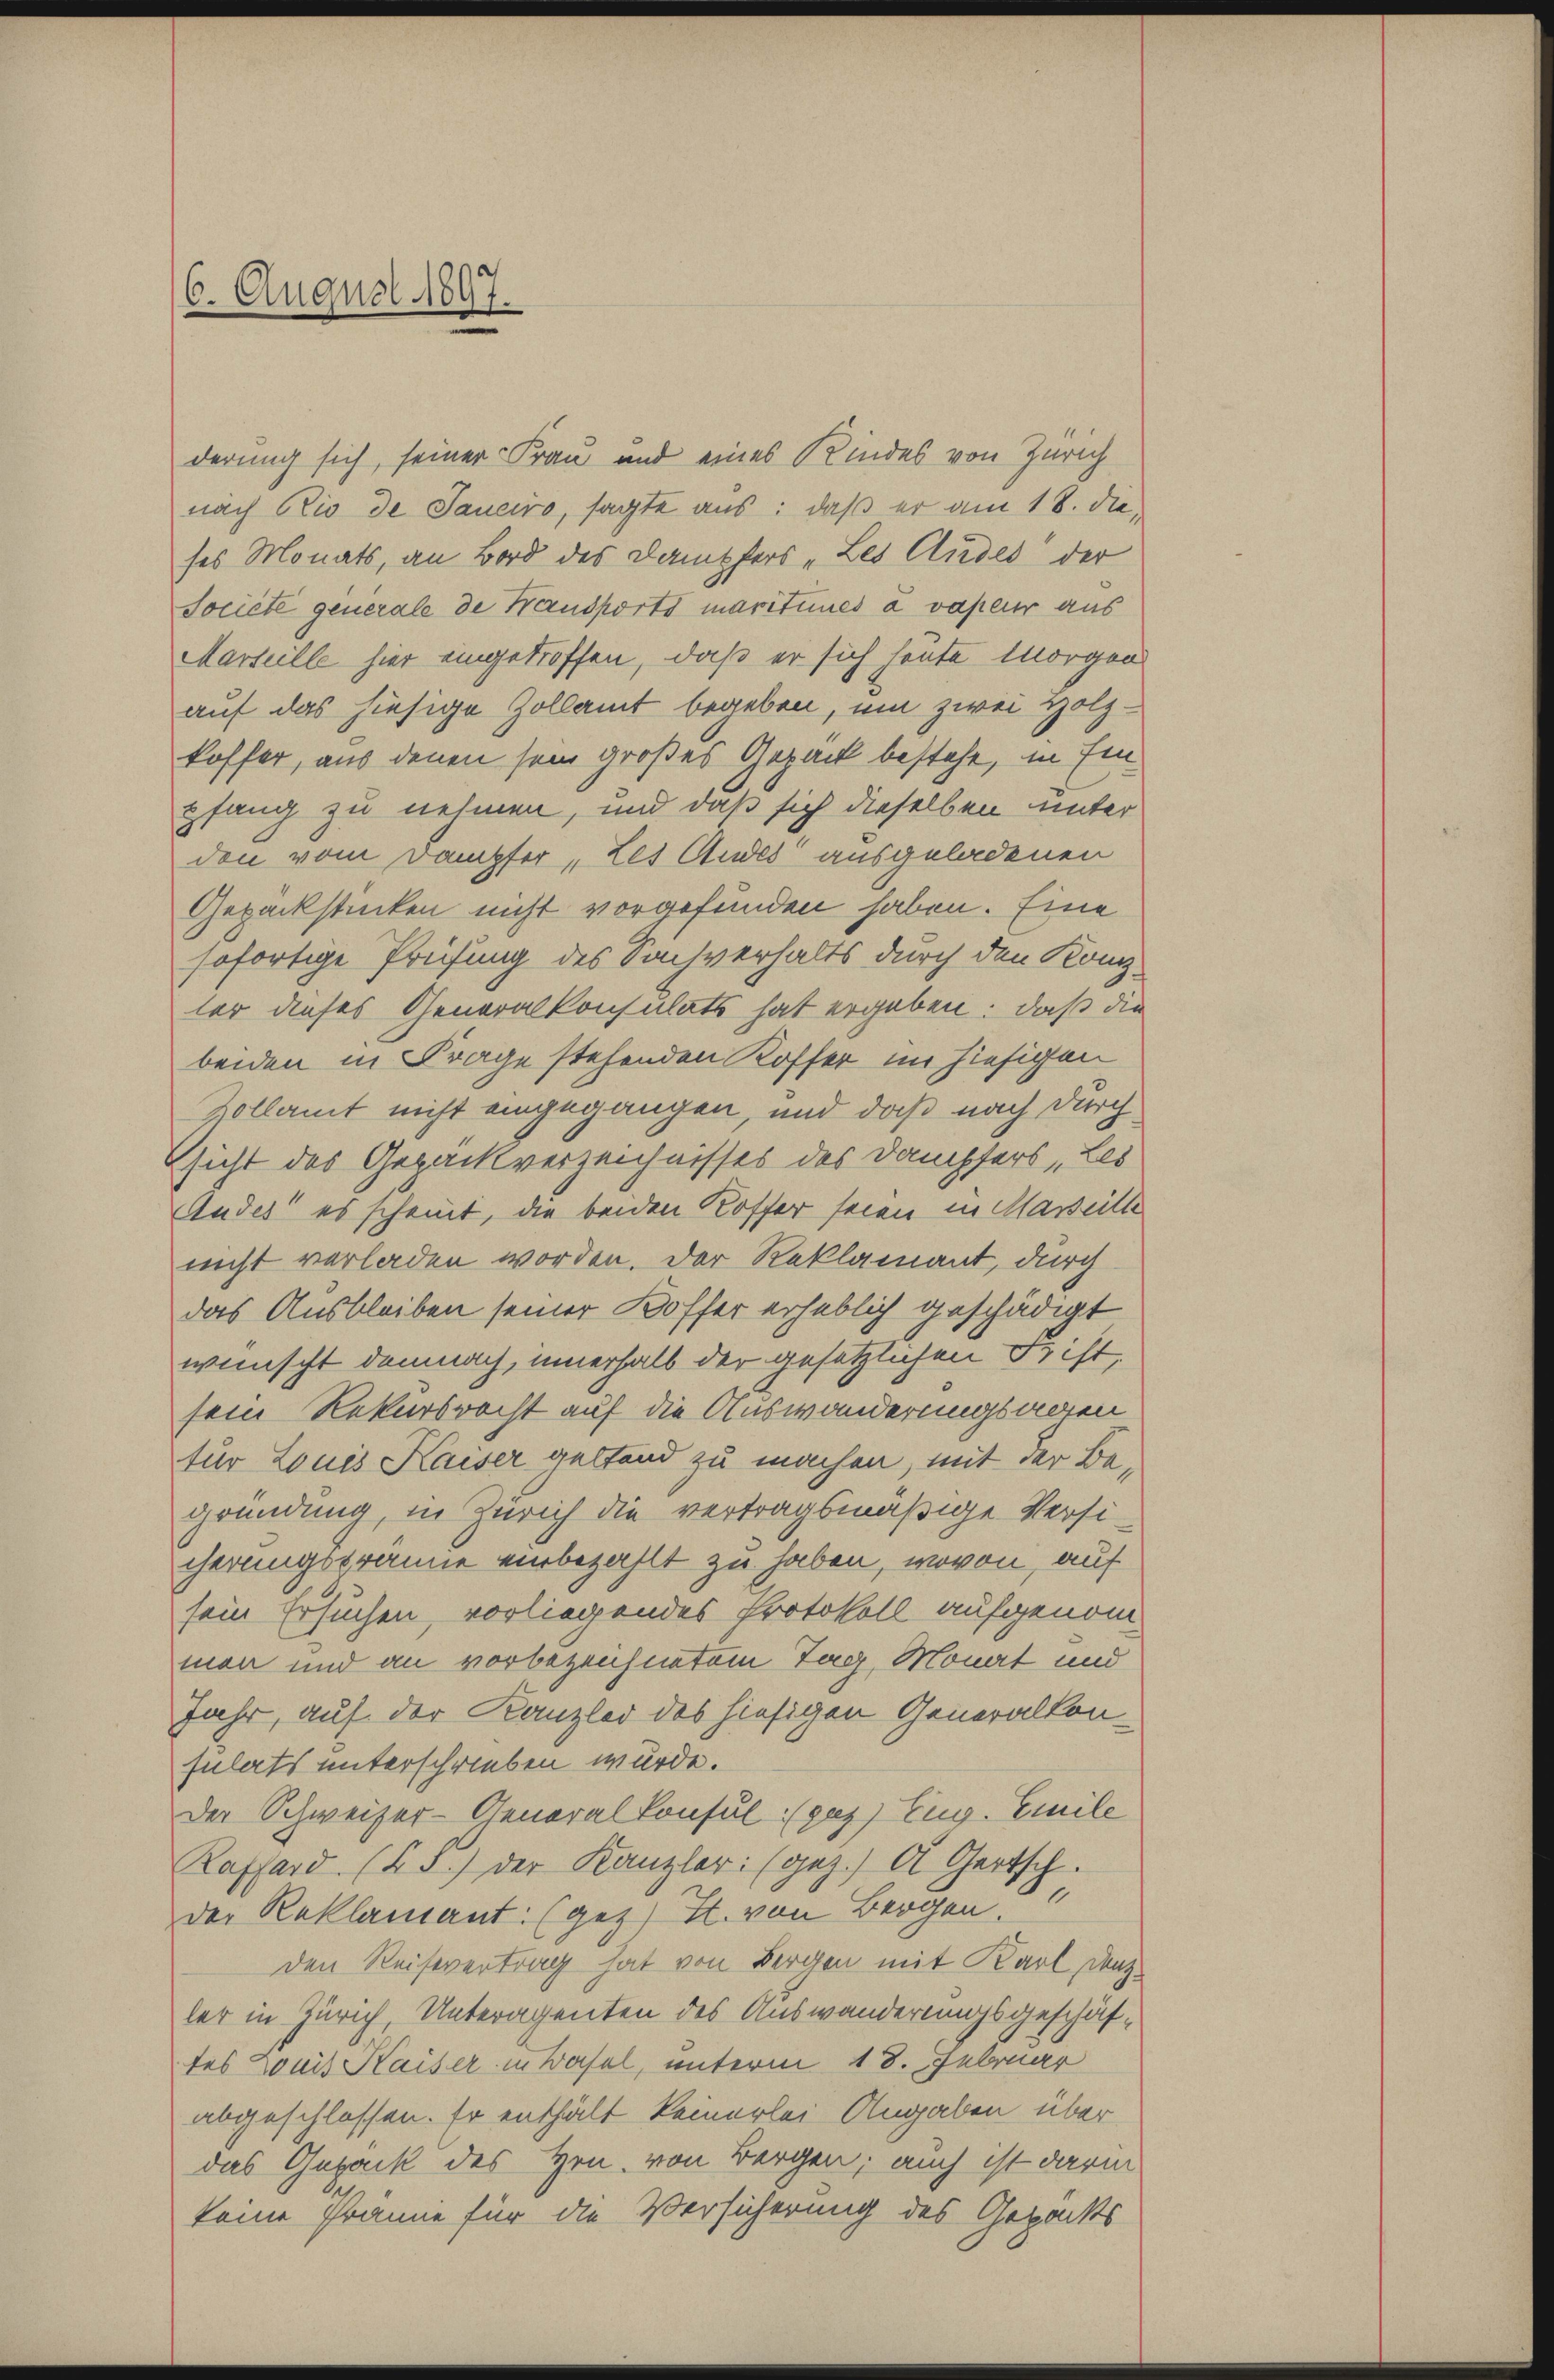
6. August 1897

derung sich, seiner Frau und eines Kindes von Zürich
nach Rio de Sauciro, sagte aus: daß er am 18. die
ses Monats, an Bord des Dampfers „Les Andes der
Société generale de Fransports maritinés à vapeur aus
Marseille hier eingetroffen, daß er sich heute Morgen
auf das hiesige Zollamt begeben, um zwei Holz-
koffer, aus denen sein großes Gepack bestehe, in Ein
pfang zu nehmen, und daß sich dieselben unter
den vom Dampfer, Les Andes ausgeladenen
Gepackstücken nicht vorgefunden haben. Eine
sofortige Prüfung des Sachverhalts durch den König.
ter dieses Generalkonsulats hat ergeben: daß die
beiden in Frage stehenden Koffer im hiesigen
Zollamt nicht eingegangen, und daß nach durch
Sicht des Gepäckverzeichnisses des Dampfers Les
Audes es scheint, die beiden Koffer seien in Marseille
nicht verladen worden. Der Reklamant, durch
das Ausbleiben seiner Koffer erheblich geschädigt
wünscht demnach, innerhalb der gesetzlichen Frist,
sein Rekursrecht auf die Auswanderungsagen
tur Louis Kaiser geltend zu machen, mit der Begründung, in Zürich die vertragsmäßige Versicherungsbranne einbezahlt zu haben, wovon, auf
sein Ersuchen, vorliegendes Protokoll aufgenommon und an vorbezeichnetem Tag, Monat und
Jahr, auf der Kanzlei des hiesigen Generalkonsulats unterschrieben wurde.
Der Schweizer-Generalkonsul (gus) Eug. Emile
Raffard. (§ 5) der Kanzler: (gez.) A. Gertsch.
der Reklamant: (gez. S. von Bergen
den Reisevertrag hat von Bergen mit Karl, den
ler in Zürich, Unteragenten des Auswanderungsgeschäftes Louis Kaiser in Wasel, unterm 18. Februar
abgeschlossen. Er enthält keinerlei Angaben über
das Gepack des Hrn. von Bergen; auch ist darin
keine Franne für die Versicherung des Gepacks